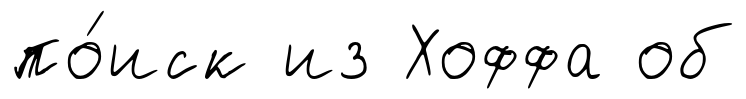
по́иск из Хоффа об